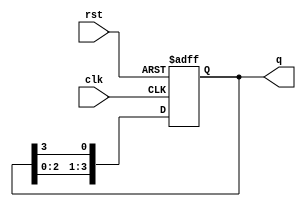
module ring_counter (
    input wire clk,       // Clock signal
    input wire rst,       // Reset signal
    output reg [N-1:0] q // Output of the counter (N bits)
);
    parameter N = 4; // Number of bits in the ring counter

    always @(posedge clk or posedge rst) begin
        if (rst) begin
            q <= 1'b1; // Initialize to the first state (only the first flip-flop is set)
        end else begin
            q <= {q[N-2:0], q[N-1]}; // Shift the '1' through the ring
        end
    end
endmodule